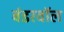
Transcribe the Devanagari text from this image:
वंडरवॉल